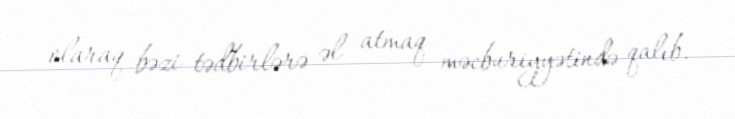
olaraq bəzi tədbirlərə əl atmaq məcburiyyətində qalıb.